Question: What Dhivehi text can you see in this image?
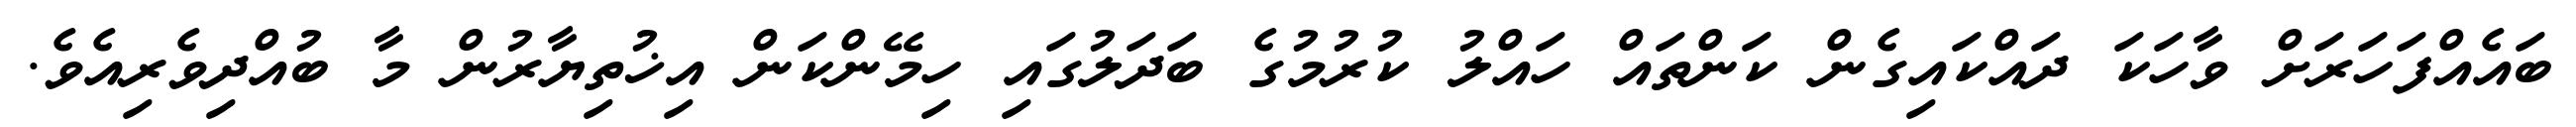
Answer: ބައެއްފަހަރަށް ވާހަކަ ދައްކައިގެން ކަންތައް ހައްލު ކުރުމުގެ ބަދަލުގައި ހިމޭންކަން އިޚުތިޔާރުން މާ ބުއްދިވެރިއެވެ.